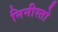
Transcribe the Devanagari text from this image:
निनीस्तो